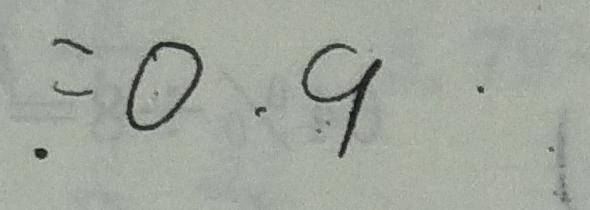
= 0 . 9